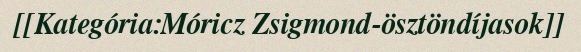
[[Kategória:Móricz Zsigmond-ösztöndíjasok]]